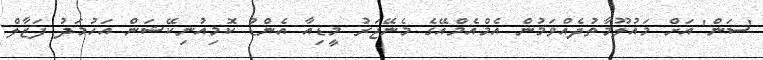
'ސަން' އަށް މައުލޫމާތުދެއްވަމުން އެމްއެމްއޭގެ މެނޭޖަރު މީޑިއާ އެންޑު ކޮމިއުނިކޭޝަން އަހުމަދު ފަޒާލް